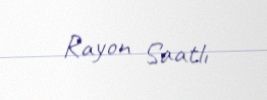
Rayon Saatlı